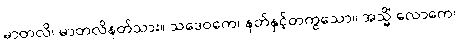
မာတလိ၊ မာတလိနတ်သား။ သဒေဝကေ၊ နတ်နှင့်တကွသော။ အသ္မိံ လောကေ၊